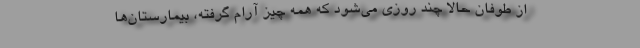
از طوفان حالا چند روزی می‌شود که همه چیز آرام گرفته، بیمارستان‌ها